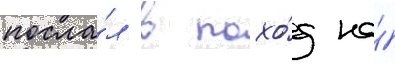
посла́л в похо́д на́